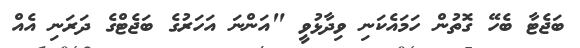
ބަޖެޓާ ބެހޭ ގޮތުން ހަމައެކަނި ވިދާޅުވީ "އަންނަ އަހަރުގެ ބަޖެޓްގެ ދަރަނި އެއް